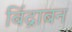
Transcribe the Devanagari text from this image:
बिंद्राबन